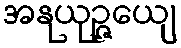
အနုယုဉ္ဇေယျ